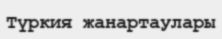
Түркия жанартаулары